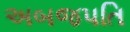
અબજપતિ